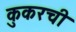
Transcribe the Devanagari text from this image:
कुकरची